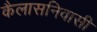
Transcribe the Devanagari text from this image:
कैलासनिवासी